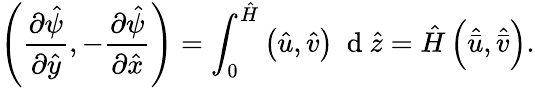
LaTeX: \left(\frac{\partial\hat{\psi}}{\partial\hat{y}},-\frac{\partial\hat{\psi}}{\partial\hat{x}}\right)=\int_{0}^{\hat{H}}\left(\hat{u},\hat{v}\right)~\mathrm{~d~}\hat{z}=\hat{H}\left(\hat{\bar{u}},\hat{\bar{v}}\right).